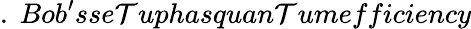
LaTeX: .\ Bob^{\prime}sse\mathcal{T}uphasquan\mathcal{T}umefficiency